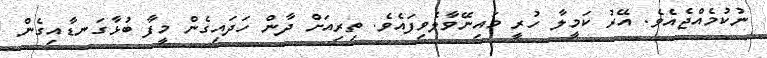
ނުކުމެއްޖެއެވެ. އޭރު ކަމީލާ ހުރީ މައިނޭވާލެވިފައެވެ. ތިރިއަށް ދާން ހަދައިގެން މީފާ ބުޅާގަނޑާއިގެން